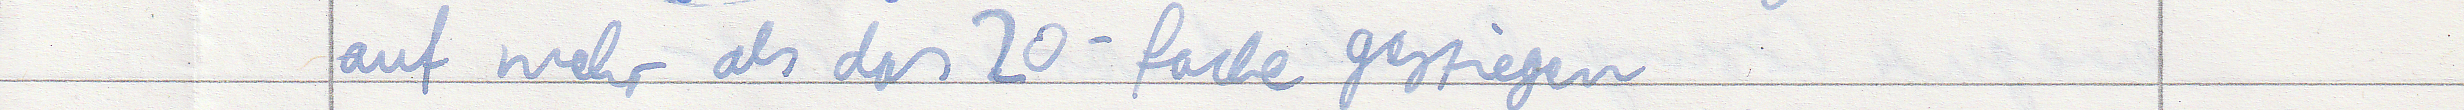
auf mehr als das 20-fache gestiegen